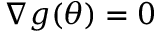
\nabla g ( \theta ) = 0